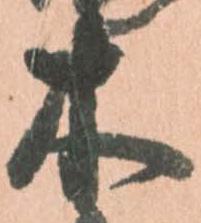
木